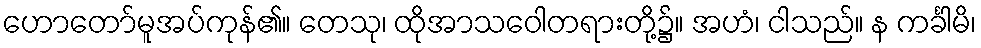
ဟောတော်မူအပ်ကုန်၏။ တေသု၊ ထိုအာသဝေါတရားတို့၌။ အဟံ၊ ငါသည်။ န ကင်္ခါမိ၊